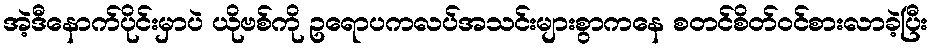
အဲ့ဒီနောက်ပိုင်းမှာပဲ ယိုဗစ်ကို ဥရောပကလပ်အသင်းများစွာကနေ စတင်စိတ်ဝင်စားလာခဲ့ပြီး